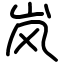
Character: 岚